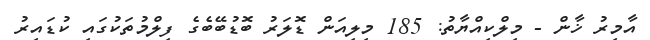
އާމިރު ޚާން - މިލްކިއްޔާތު: 185 މިލިއަން ޑޮލަރު ބޮޑުބޭބެގެ ފިލްމުތަކުގައި ކުޑައިރު